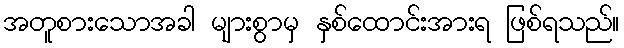
အတူစားသောအခါ များစွာမှ နှစ်ထောင်းအားရ ဖြစ်ရသည်။